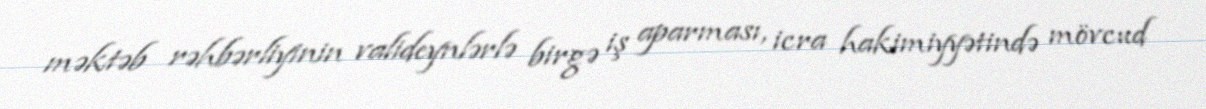
məktəb rəhbərliyinin valideynlərlə birgə iş aparması, icra hakimiyyətində mövcud